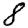
Digit: 8